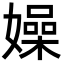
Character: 嬠